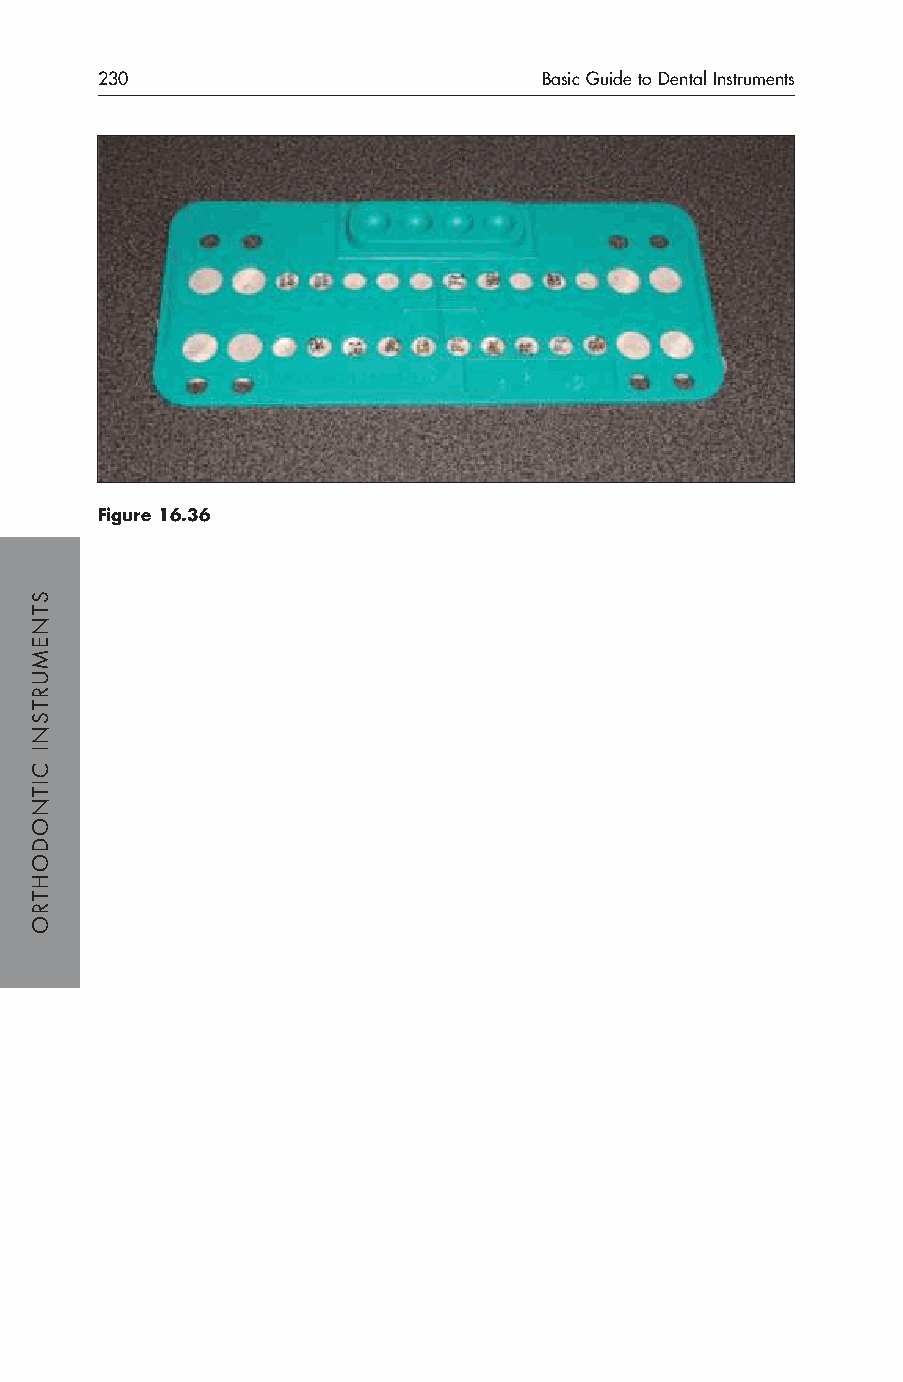
230                           Basic Guide to Dental Instruments
 Figure 16.36
 STNEMURTSNI
 CITNODOHTRO